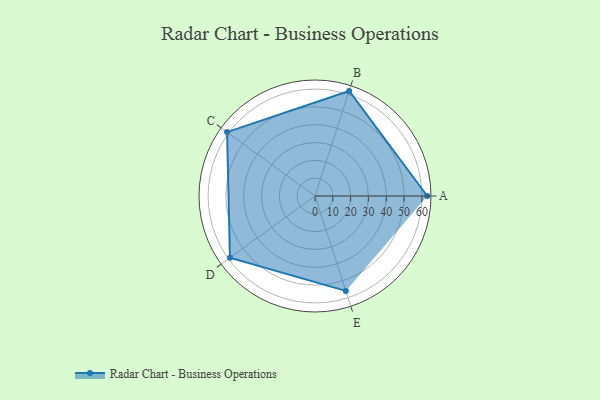
{"axis": {"x": "Skill", "y": "Score"}, "legend": ["Profile"], "data": [{"x": "A", "y": 63.0, "type": "Profile"}, {"x": "B", "y": 62.0, "type": "Profile"}, {"x": "C", "y": 61.0, "type": "Profile"}, {"x": "D", "y": 59.0, "type": "Profile"}, {"x": "E", "y": 56.0, "type": "Profile"}]}